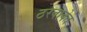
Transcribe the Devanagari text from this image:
ठरवावेत